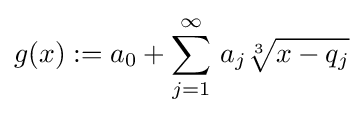
g(x):=a_{0}+\sum _{j=1}^{\infty }\,a_{j}{\sqrt[{3}]{x-q_{j}}}